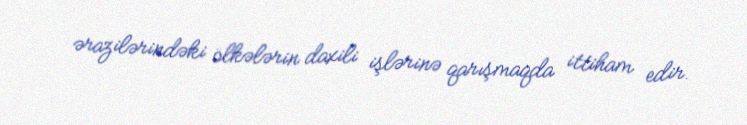
ərazilərindəki ölkələrin daxili işlərinə qarışmaqda ittiham edir.